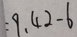
= 9 . 4 2 - 6